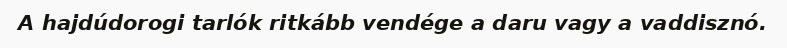
A hajdúdorogi tarlók ritkább vendége a daru vagy a vaddisznó.